Indian journal of veterinary science and animal husbandry - Volume 2,
Year: 1932
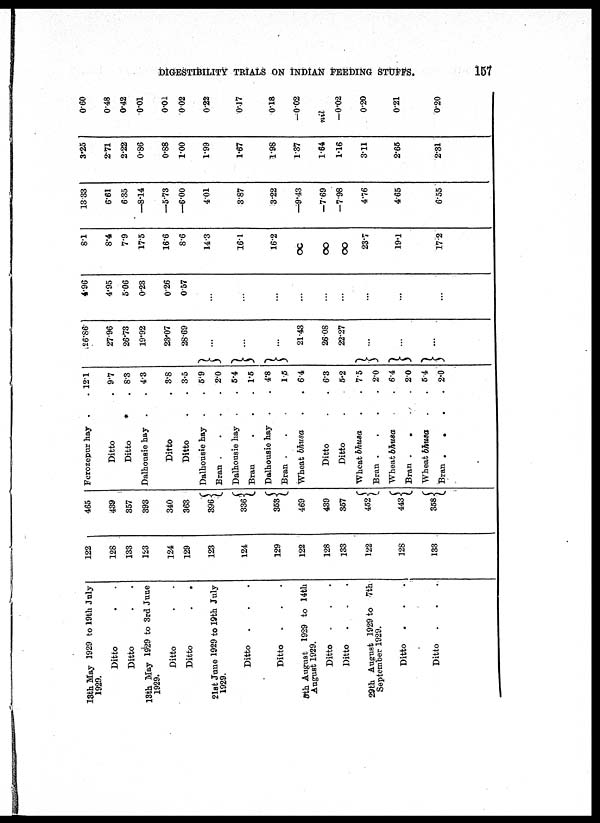
DIGESTIBILITY TRIALS ON INDIAN FEEDING STUFFS.
157
13th May 1929 to 19th July
1929.
Ditto . . .
Ditto . . .
13th May 1929 to 3rd June
1929.
Ditto . .
Ditto . .
21st June 1929 to 19th July
1929.
Ditto . . .
Ditto . . .
5th August 1929 to 14th
August 1929.
Ditto ....
Ditto . . .
29th August 1929 to 7th
September 1929.
Ditto ...
Ditto . . .
122
128
133
123
124
129
123
124
129
122
128
133
122
128
133
465
439
357
393
340
363
396 {
336{
353 {
469
439
357
452 {
443 {
358 {
Ferozepur hay
Ditto
Ditto
*
Dalhousie hay
Ditto
Ditto
Dalhousie hay
Bran .
Dalhousie hay
Bran
Dalhousie hay
Bran .
Wheat bhusa
Ditto
Ditto
Wheat bhusa
Bran .
Wheat bhusa
Bran .
.
Wheat bhusa
Bran .
.
12.1
9.7
8.3
4.3
3.8
3.5
5.9
2.0
5.4
1.5
4.8
1.5
6.4
6.3
5.2
7.5
2.0
6.4
2.0
5.4
2.0
26.86
27.96
26.73
19.92
23.07
28.69
}...
}...
}...
21.43
26.08
22.27
} ...
}...
}...
4.96
4.95
5.06
0.23
0.26
0.57
...
...
...
...
....
...
...
...
.. .
8.1
8.4
7.9
17.5
16.6
8.6
14 .3
16.1
16.2
∞
∞
∞
23.7
19.1
17. 2
13.33
6.61
6. 35
—8.14
—5.73
—6.00
4.01
3.87
3.22
—9.43
—7.69
—7.98
4.76
4.65
6.55
3.25
2.71
2.22
0.86
0.88
1.00
1.99
1.67
1.98
1.37
1.64
1.16
3.11
2.65
2.31
0.60
0.48
0.42
0.01
0.01
002
0.22
0.17
0.18
.0.02
nil
—0.02
0.20
0.21
0.20